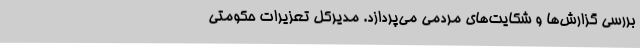
بررسی گزارش‌ها و شکایت‌های مردمی می‌پردازد. مدیرکل تعزیرات حکومتی